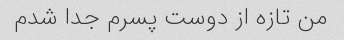
من تازه از دوست پسرم جدا شدم